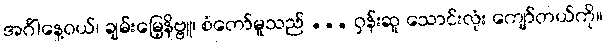
အင်္ဂါနေ့ဝယ်၊ ချမ်းမြေ့နိဗ္ဗူ၊ စံတော်မူသည် ... ဝှန်းဆူ သောင်းလုံး ကျော်တယ်ကို။